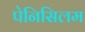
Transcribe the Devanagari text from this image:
पेनिसिलम